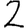
Digit: 2